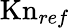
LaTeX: \mathrm{Kn}_{ref}